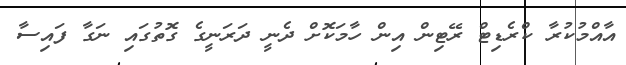
އާއްމުކުރާ ކްރެޑިޓް ރޭޓިން އިން ހާމަކޮށް ދެނީ ދަރަނީގެ ގޮތުގައި ނަގާ ފައިސާ